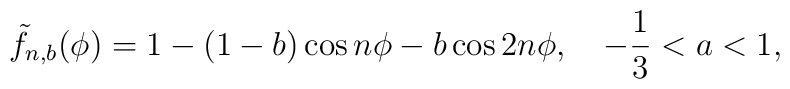
\tilde{f}_{n,b}(\phi)=1-(1-b)\cos n\phi-b\cos2n\phi,\quad-\frac{1}{3}<a<1,